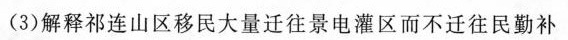
(3)解释祁连山区移民大量迁往景电灌区而不迁往民勤补